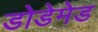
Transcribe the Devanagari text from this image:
डोडेमेड